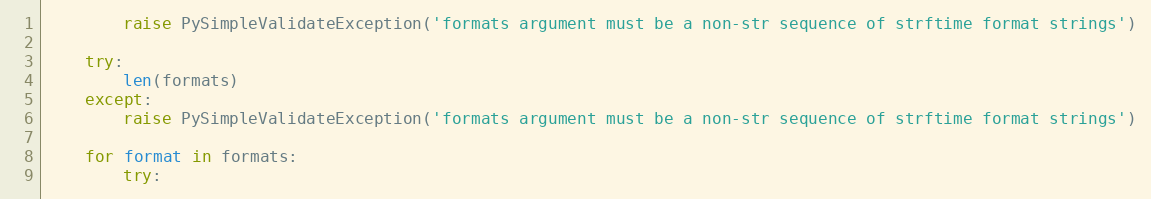
Language: Python
        raise PySimpleValidateException('formats argument must be a non-str sequence of strftime format strings')

    try:
        len(formats)
    except:
        raise PySimpleValidateException('formats argument must be a non-str sequence of strftime format strings')

    for format in formats:
        try: